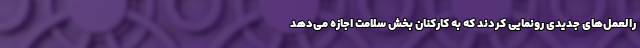
رالعمل‌های جدیدی رونمایی کردند که به کارکنان بخش سلامت اجازه می‌دهد